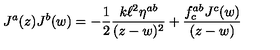
J ^ { a } ( z ) J ^ { b } ( w ) = - \frac { 1 } { 2 } \frac { k \ell ^ { 2 } \eta ^ { a b } } { ( z - w ) ^ { 2 } } + \frac { f _ { c } ^ { a b } J ^ { c } ( w ) } { ( z - w ) }